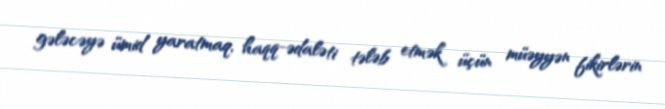
gələcəyə ümid yaratmaq, haqq-ədaləti tələb etmək üçün müəyyən fikirlərin